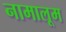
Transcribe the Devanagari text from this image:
नामालूम